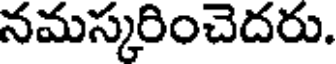
నమస్కరించెదరు.